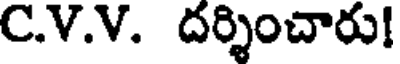
C.V.V. దర్శించారు!